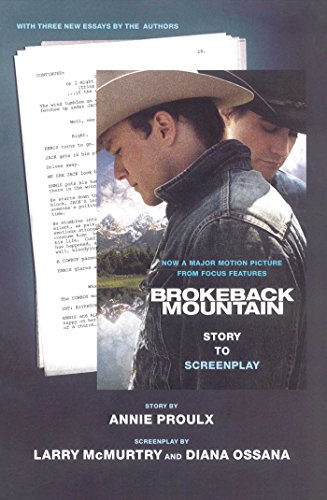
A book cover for Brokeback Mountain: Story to Screenplay; Annie Proulx; Humor & Entertainment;